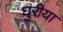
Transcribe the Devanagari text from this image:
घुरीया